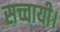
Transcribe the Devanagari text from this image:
सच्चायी।